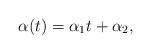
LaTeX: \begin{align*}\alpha(t)={\alpha }_{1} t+{\alpha }_{2},\end{align*}